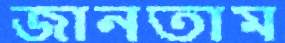
জানতাম